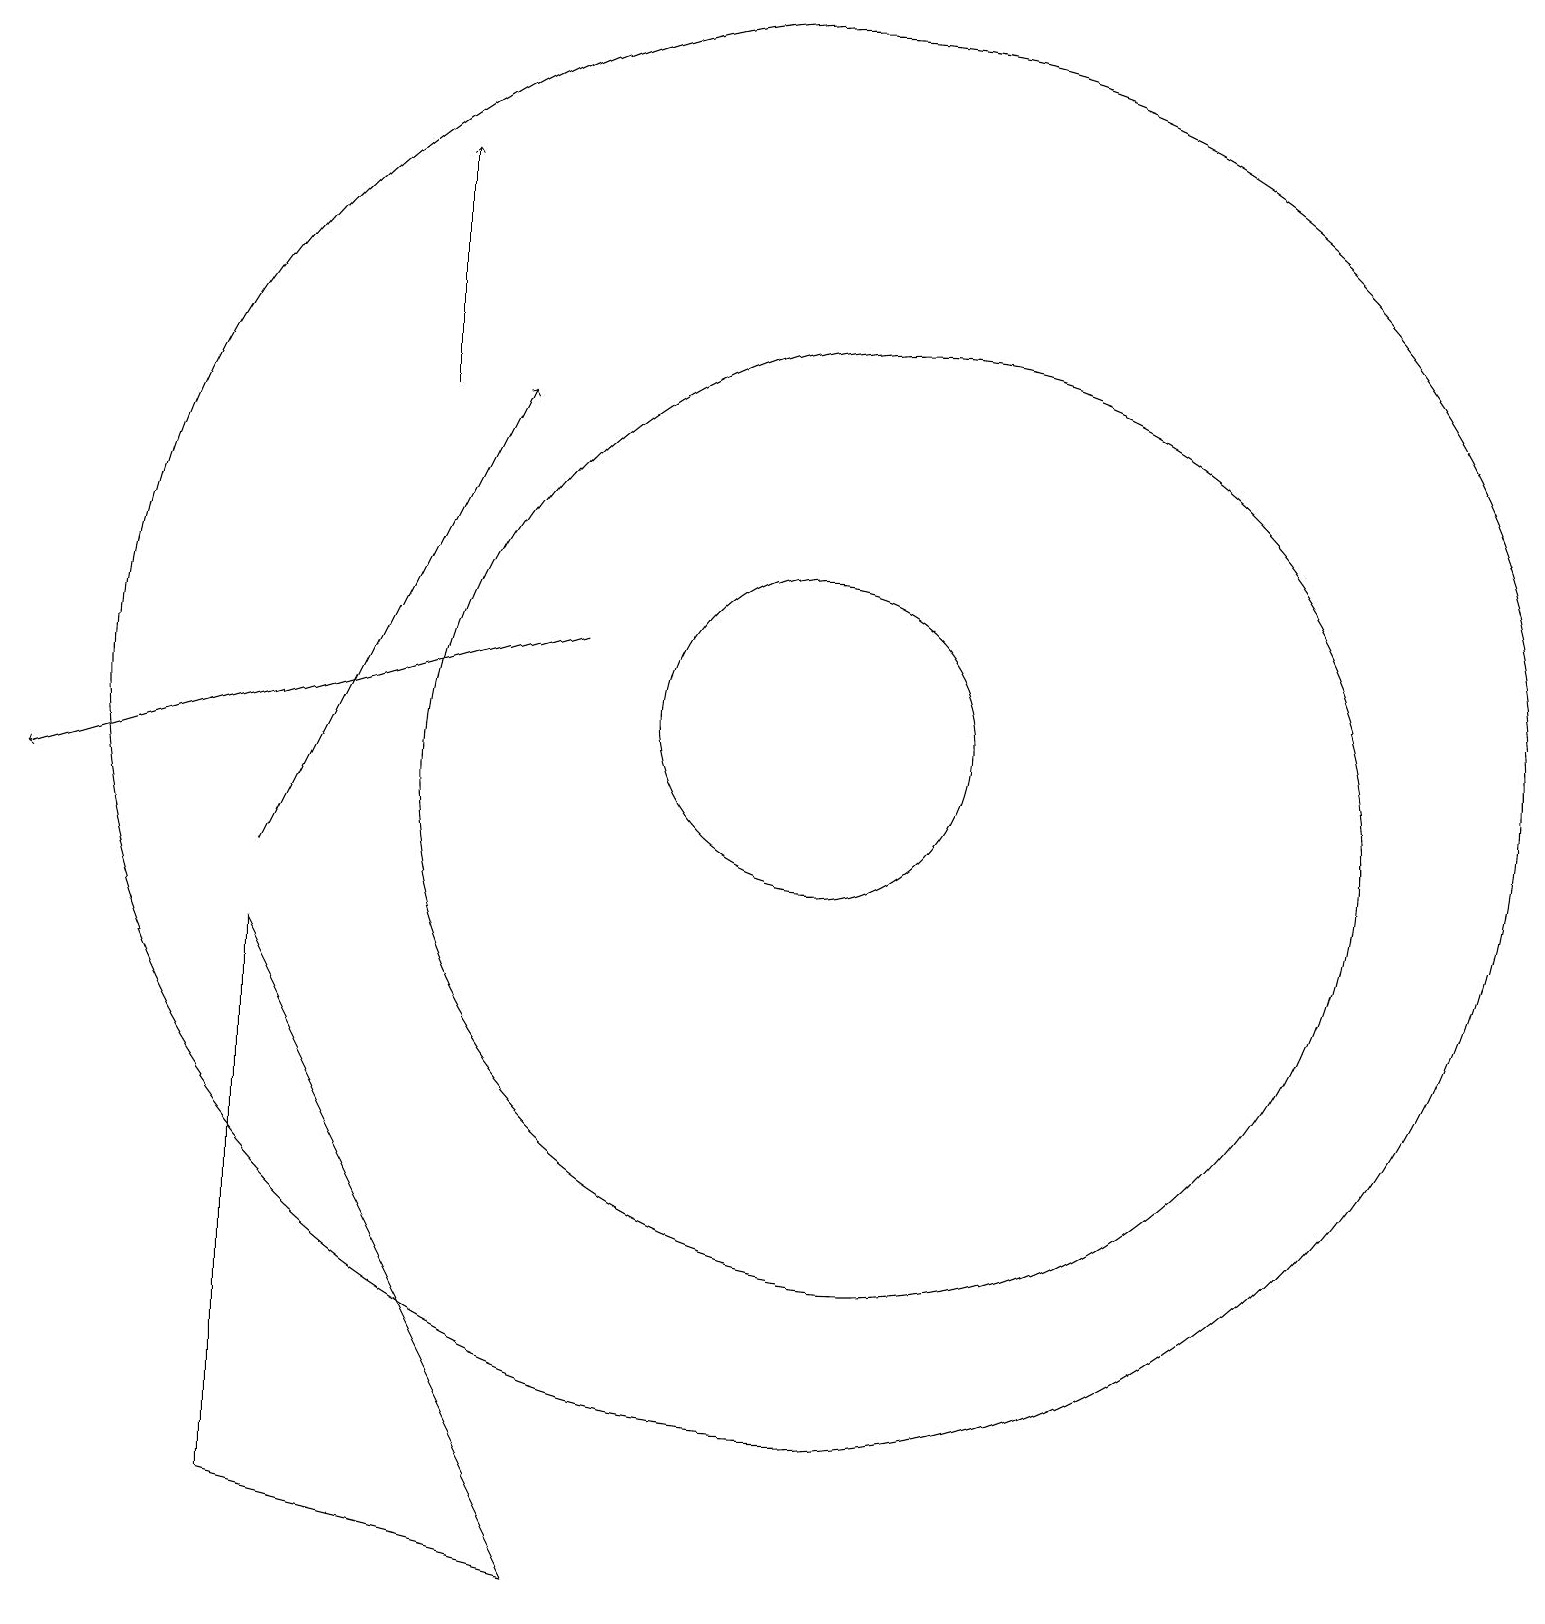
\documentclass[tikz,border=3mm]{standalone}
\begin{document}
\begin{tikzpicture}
\draw (11,11) circle (6);
\draw (10,12) circle (2);
\draw[->] (7,13) -- (0,11);
\draw (10,12) circle (9);
\draw[->] (3,10) -- (6,16);
\draw[->] (5,16) -- (5,19);
\draw (3,2) -- (7,1) -- (3,9) -- cycle;
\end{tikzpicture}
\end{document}